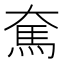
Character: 𩡱